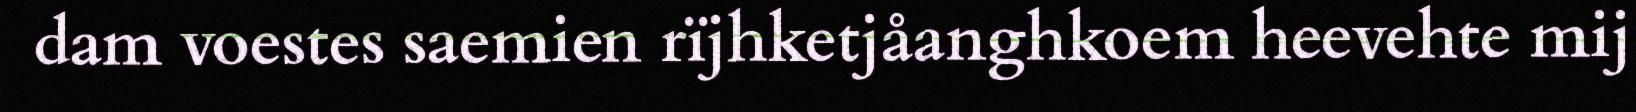
dam voestes saemien rïjhketjåanghkoem heevehte mij